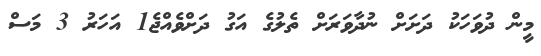
މީން ދުވަހަކު ދަށަށް ނުދާވަރަށް ތެލުގެ އަގު ދަށްވެއްޖެ1 އަހަރު 3 މަސް